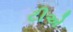
ટીએ